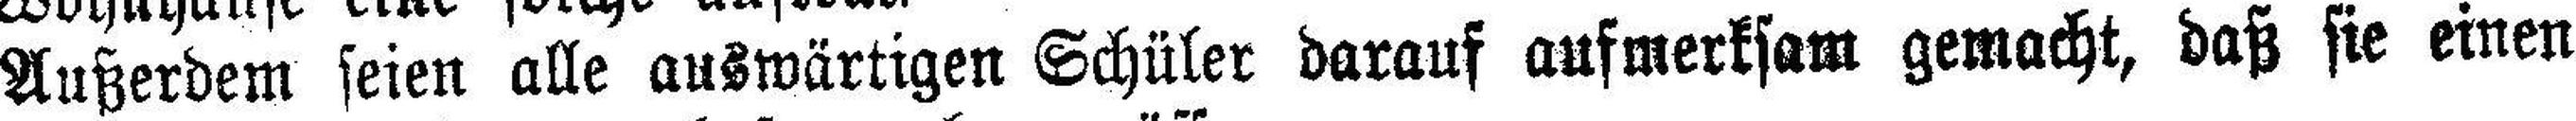
Außerdem seien alle auswärtigen Schüler darauf aufmerksam gemacht, daß sie einen